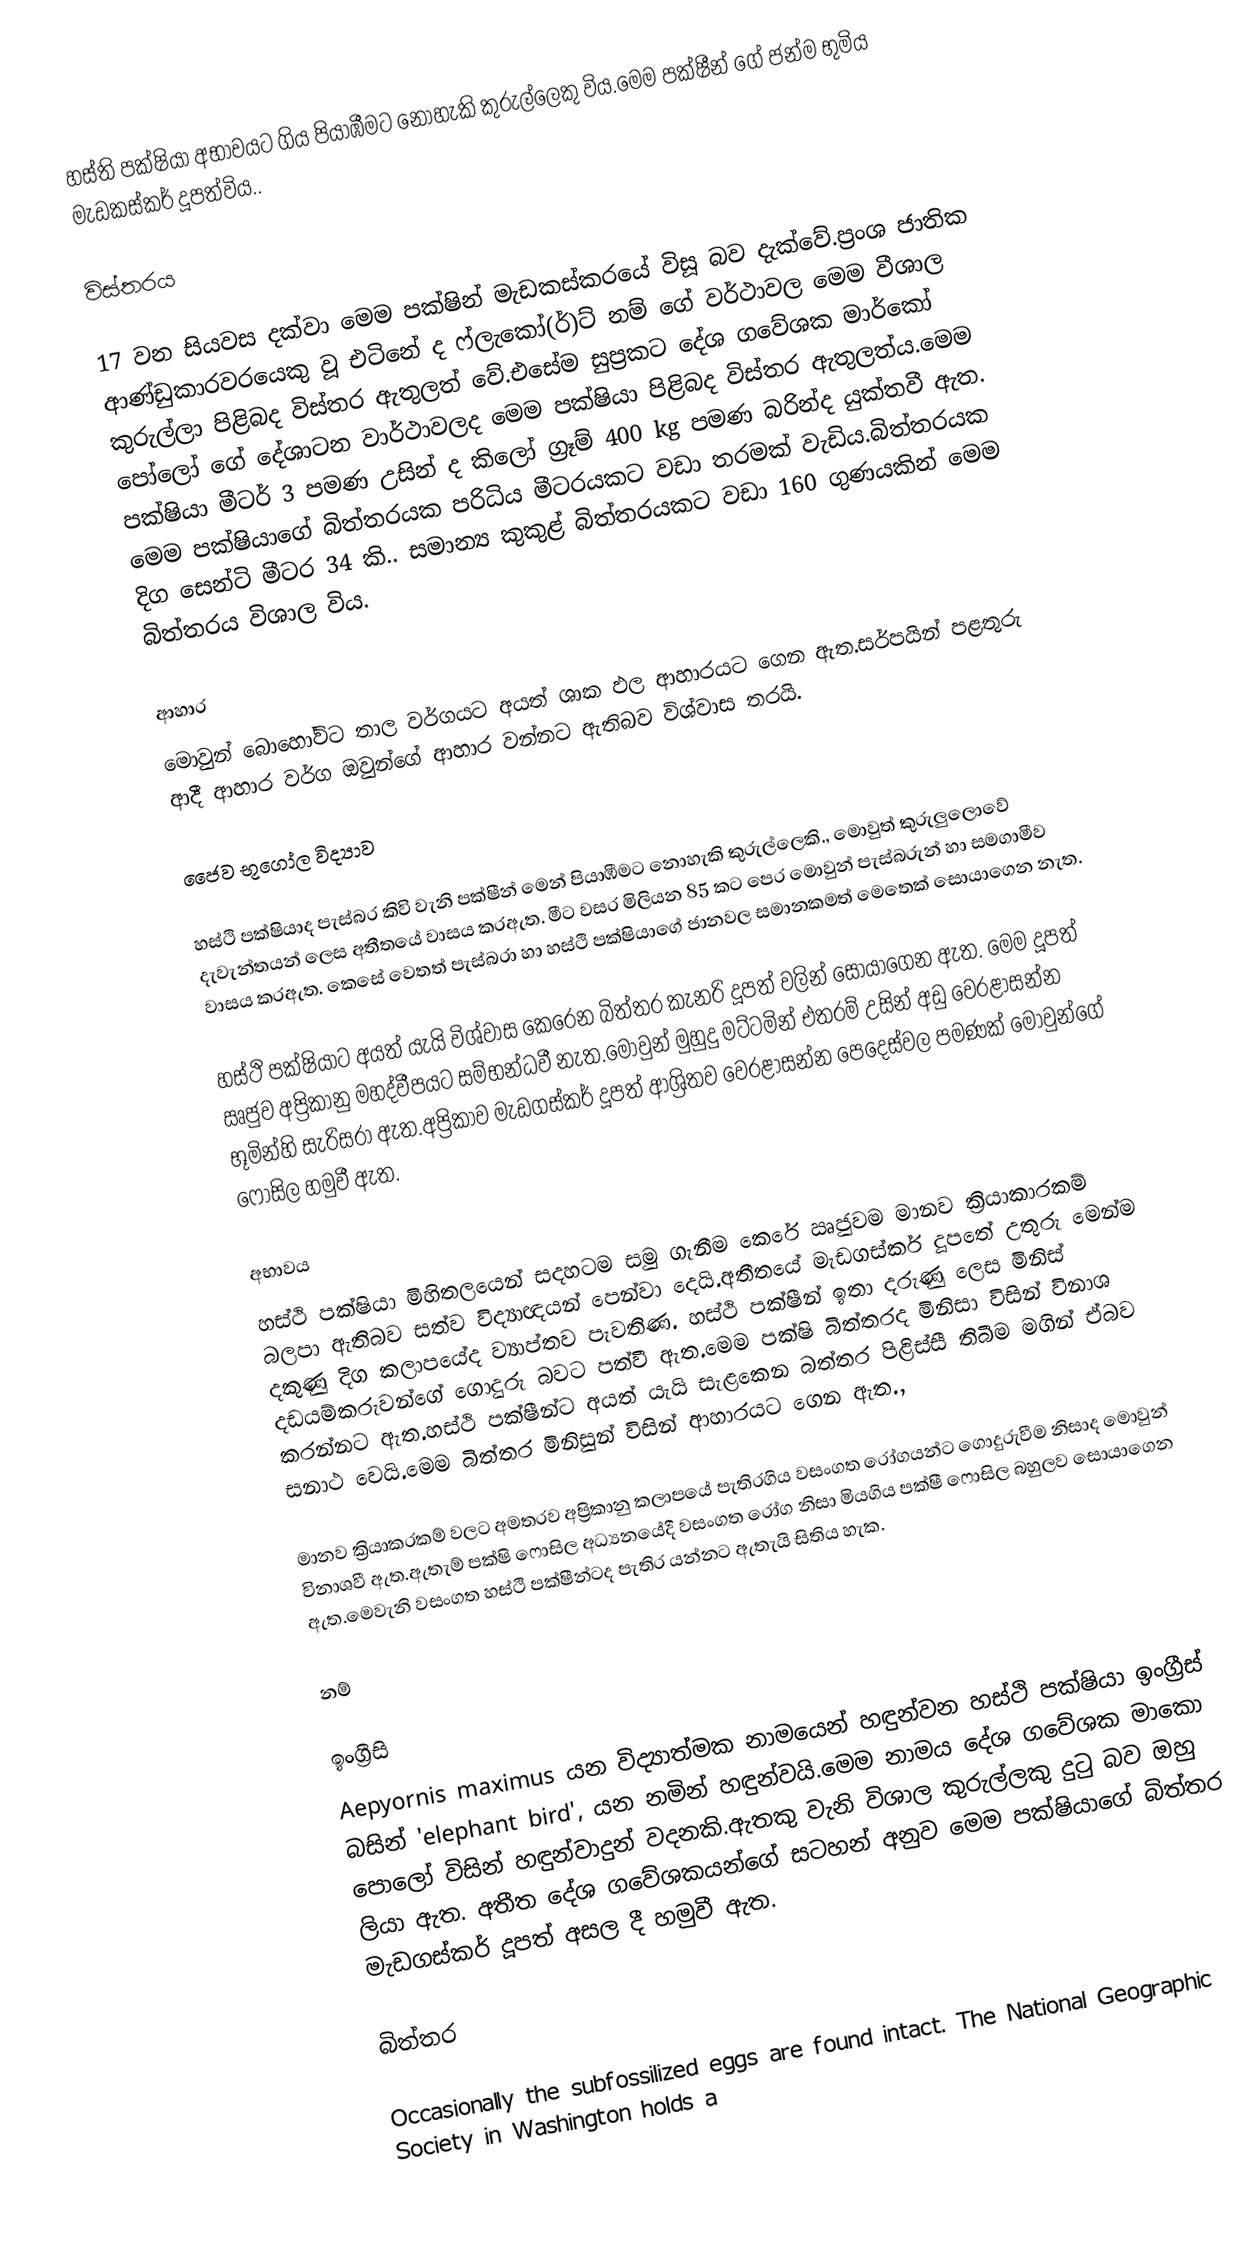
හස්ති පක්ෂියා  අභාවයට ගිය පියාඹීමට නොහැකි කුරුල්ලෙකු විය.මෙම පක්ෂීන් ගේ ජන්ම භුමිය මැඩකස්කර් දූපත්විය..

විස්තරය

17 වන සියවස දක්වා මෙම පක්ෂින් මැඩකස්කරයේ විසූ බව දැක්වේ.ප්‍රංශ ජාතික ආණ්ඩුකාරවරයෙකු වූ එටිනේ ද ෆ්ලැකෝ(ර්)ට් නම් ගේ වර්ථාවල මෙම වීශාල කුරුල්ලා පිළිබද විස්තර ඇතුලත් වේ.එසේම සුප්‍රකට දේශ ගවේශක මාර්කෝ පෝලෝ ගේ දේශාටන වාර්ථාවලද  මෙම පක්ෂියා පිළිබද විස්තර ඇතුලත්ය.මෙම පක්ෂියා මීටර් 3 පමණ උසින් ද කිලෝ ග්‍රෑම් 400 kg පමණ බරින්ද යුක්තවී ඇත. මෙම පක්ෂියාගේ බිත්තරයක පරිධිය මීටරයකට වඩා තරමක් වැඩිය.බිත්තරයක දිග සෙන්ටි මීටර 34 කි..  සමාන්‍ය කුකුළ් බිත්තරයකට වඩා 160 ගුණයකින් මෙම බිත්තරය විශාල විය.

ආහාර
මොවුන් බොහෝවිට තාල වර්ගයට අයත් ශාක ඵල ආහාරයට ගෙන ඇත.සර්පයින් පළතුරු ආදී ආහාර වර්ග ඔවුන්ගේ ආහාර වන්නට ඇතිබව විශ්වාස තරයි.

ජෛව භූගෝල විද්‍යාව

හස්ථි පක්ෂියාද පැස්බර කිවි වැනි පක්ෂීන් මෙන් පියාඹීමට නොහැකි කුරුල්ලෙකි., මොවුත් කුරුලුලොවේ දැවැන්තයන් ලෙස අතීතයේ වාසය කරඇත. මීට වසර මිලියන 85 කට පෙර මොවුන් පැස්බරුන් හා සමගාමීව වාසය කරඇත.  කෙසේ වෙතත් පැස්බරා හා හස්ථි පක්ෂියාගේ ජානවල සමානකමත් මෙතෙක් සොයාගෙන නැත.

හස්ථි පක්ෂියාට අයත් යැයි විශ්වාස කෙරෙන බිත්තර කැනරි දූපත් වලින් සොයාගෙන ඇත. මෙම දූපත් ඍජුව අප්‍රිකානු මහද්වීපයට සම්භන්ධවී නැත.මොවුන් මුහුදු මට්ටමින් එතරම් උසින් අඩු වෙරළාසන්න භූමින්හි සැරිසරා ඇත.අප්‍රිකාව මැඩගස්කර් දූපත් ආශ්‍රිතව වෙරළාසන්න පෙදෙස්වල පමණක් මොවුන්ගේ ෆොසිල හමුවී ඇත.

අභාවය
හස්ථි පක්ෂියා මිහිතලයෙන් සදහටම සමු ගැනීම කෙරේ ඍජුවම මානව ක්‍රියාකාරකම් බලපා ඇතිබව සත්ව විද්‍යාඥයන් පෙන්වා දෙයි.අතීතයේ මැඩගස්කර් දූපතේ උතුරු මෙන්ම දකුණු දිග කලාපයේද ව්‍යාප්තව පැවතිණ. හස්ථි පක්ෂීන් ඉතා දරුණු ලෙස මිනිස් දඩයම්කරුවන්ගේ ගොදුරු බවට පත්වී ඇත.මෙම පක්ෂි බිත්තරද මිනිසා විසින් විනාශ කරන්නට ඇත.හස්ථි පක්ෂීන්ට අයත් යැයි සැළකෙන බත්තර පිළිස්සී තිබීම මගින් ඒබව සනාථ වෙයි.මෙම බිත්තර මිනිසුන් විසින් ආහාරයට ගෙන ඇත.,

මානව ක්‍රියාකරකම් වලට අමතරව අප්‍රිකානු කලාපයේ පැතිරගිය වසංගත රෝගයන්ට ගොදුරුවීම නිසාද මොවුන් විනාශවී ඇත.ඇතැම් පක්ෂි ෆොසිල අධ්‍යනයේදී වසංගත රෝග නිසා මියගිය පක්ෂී ෆොසිල බහුලව සොයාගෙන ඇත.මෙවැනි වසංගත හස්ථි පක්ෂීන්ටද පැතිර යන්නට ඇතැයි සිතිය හැක.

නම්

ඉංග්‍රීසි
Aepyornis maximus  යන විද්‍යාත්මක නාමයෙන් හඳුන්වන හස්ථි පක්ෂියා ඉංග්‍රීස් බසින් 'elephant bird', යන නමින් හඳුන්වයි.මෙම නාමය දේශ ගවේශක මාකො පොලෝ විසින් හඳුන්වාදුන් වදනකි.ඇතකු වැනි විශාල කුරුල්ලකු දුටු බව ඔහු ලියා ඇත.  අතීත දේශ ගවේශකයන්ගේ සටහන් අනුව මෙම පක්ෂියාගේ බිත්තර මැඩගස්කර් දූපත් අසල දී හමුවී ඇත.

බිත්තර

Occasionally the subfossilized eggs are found intact. The National Geographic Society in Washington holds a